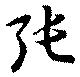
張